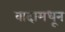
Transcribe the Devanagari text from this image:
वादामधून